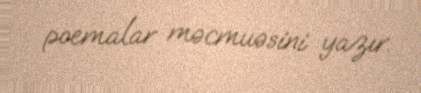
poemalar məcmuəsini yazır.